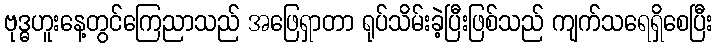
ဗုဒ္ဓဟူးနေ့တွင်ကြေညာသည် အဖြေရှာတာ ရုပ်သိမ်းခဲ့ပြီးဖြစ်သည် ကျက်သရေရှိစေပြီး